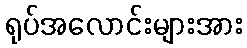
ရုပ်အလောင်းများအား